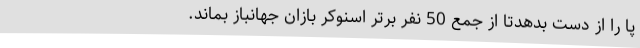
پا را از دست بدهدتا از جمع 50 نفر برتر اسنوکر بازان جهانباز بماند.